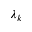
\lambda _ { k }